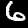
Digit: 6